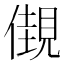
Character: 𧡞